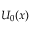
U _ { 0 } ( x )